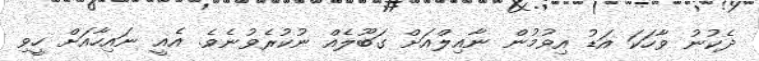
ދެކުނު ވާހަކަ އަޑު އިވުމުން ނާއިލްއަށް ގަބޫލެއް ނުކުރެވުނެވެ. އެއީ ނައިހާއަށް ހީވި